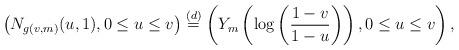
LaTeX: \begin{align*}\left( N_{g(v,m)} (u,1 ) , 0 \le u \le v \right) \stackrel{(d)}{=} \left( Y_m \left( \log \left( \frac{ 1- v}{1-u} \right) \right), 0 \le u \le v \right),\end{align*}